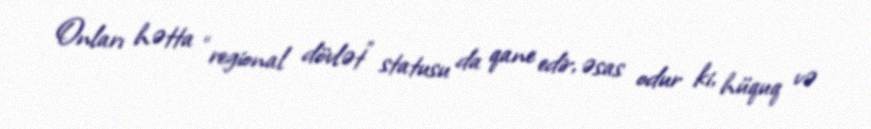
Onları hətta “regional dövlət” statusu da qane edir, əsas odur ki, hüquq və